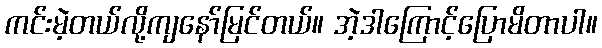
ကင်းမဲ့တယ်လို့ကျနော်မြင်တယ်။ အဲ့ဒါကြောင့်ပြောမိတာပါ။